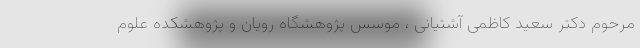
مرحوم دکتر سعید کاظمی آشتیانی ، موسس پژوهشگاه رویان و پژوهشکده علوم